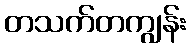
တသက်တကျွန်း